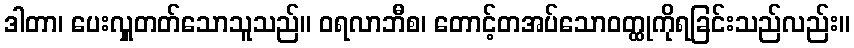
ဒါတာ၊ ပေးလှူတတ်သောသူသည်။ ဝရလာဘီစ၊ တောင့်တအပ်သောဝတ္ထုကိုရခြင်းသည်လည်း။